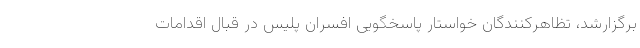
برگزارشد، تظاهرکنندگان خواستار پاسخگویی افسران پلیس در قبال اقدامات